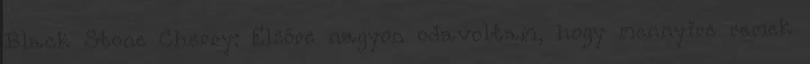
Black Stone Cherry: Elsőre nagyon odavoltam, hogy mennyire remek